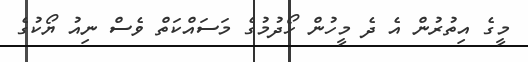
މީގެ އިތުރުން އެ ދެ މީހުން ހޯދުމުގެ މަސައްކަތް ވެސް ނިއު ޔޯކުގެ